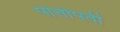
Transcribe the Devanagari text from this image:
पोत्तीपती